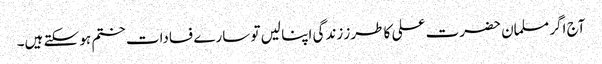
آج اگر مسلمان حضرت علی کا طرز زندگی اپنا لیں تو سارے فسادات ختم ہو سکتے ہیں۔